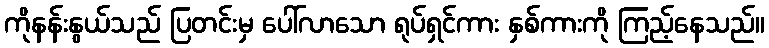
ကိုနန်းနွယ်သည် ပြတင်းမှ ပေါ်လာသော ရုပ်ရှင်ကား နှစ်ကားကို ကြည့်နေသည်။